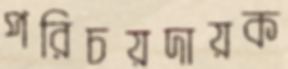
পরিচয়দায়ক